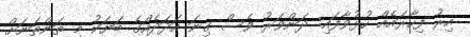
އިރު ފިހާރައެއް ހުޅުވާފައި: ދަންވަރު ވެސް ގިނަ އަދަދެއްގެ ބަޔަކު މި ތަންތަނަށް